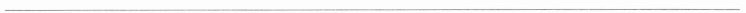
___